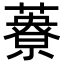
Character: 𦿴